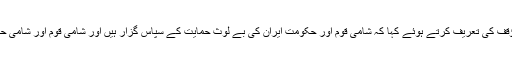
اس ملاقات میں شام کے وزیر صحت نے ایران کے ٹھوس مؤقف کی تعریف کرتے ہوئے کہا کہ شامی قوم اور حکومت ایران کی بے لوث حمایت کے سپاس گزار ہیں اور شامی قوم اور شامی حکومت کبھی بھی ایران کی حمایت کو فراموش نہیں کرےگی۔